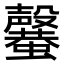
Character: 𣫣